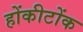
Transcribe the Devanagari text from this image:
होंकीटोंक